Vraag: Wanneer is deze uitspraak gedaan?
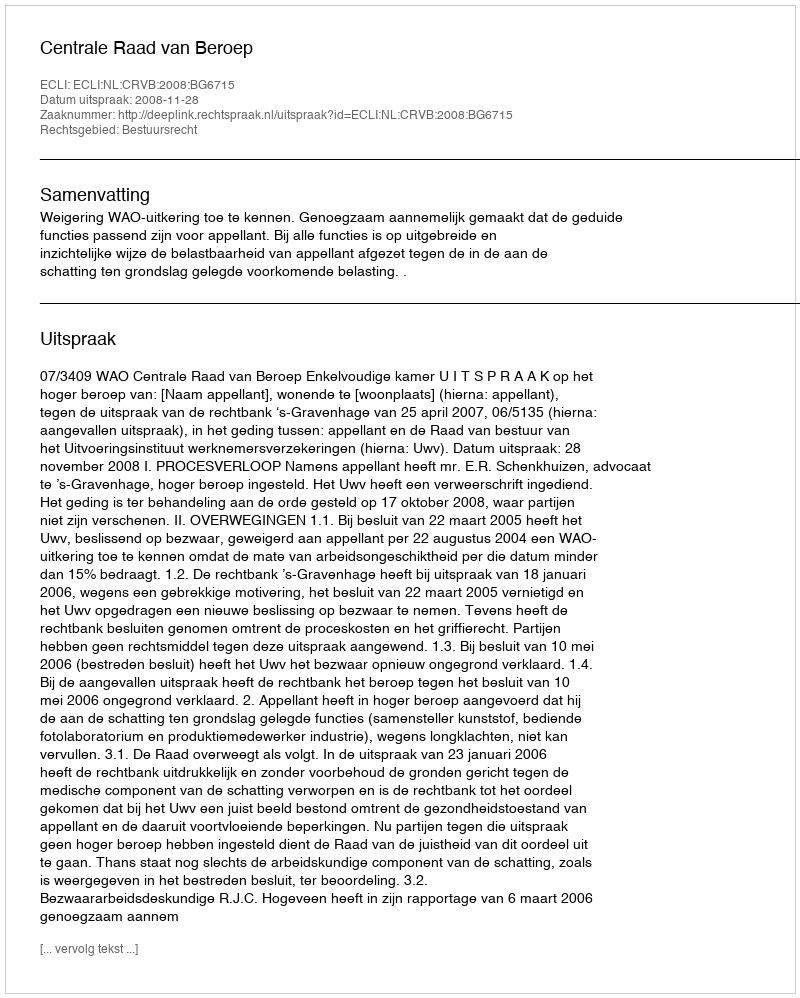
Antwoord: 2008-11-28